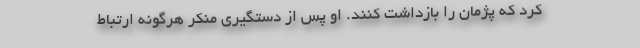
کرد که پژمان را بازداشت کنند. او پس‌ از دستگیری منکر هرگونه ارتباط